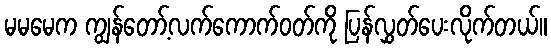
မမမေက ကျွန်တော့်လက်ကောက်ဝတ်ကို ပြန်လွှတ်ပေးလိုက်တယ်။